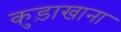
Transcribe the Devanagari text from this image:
कुड़ाखाना